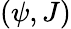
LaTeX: \left(\psi,J\right)